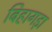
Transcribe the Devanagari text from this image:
बिहागड़ा